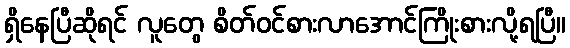
ရှိနေပြီဆိုရင် လူတွေ စိတ်ဝင်စားလာအောင်ကြိုးစားလို့ရပြီ။